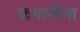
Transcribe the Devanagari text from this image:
कमानींना